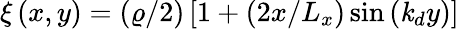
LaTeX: \xi\left(x,y\right)=\left(\varrho/2\right)\left[1+\left(2x/L_{x}\right)\sin\left(\mathit{k}_{d}y\right)\right]